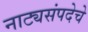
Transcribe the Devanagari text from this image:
नाट्यसंपदेचे